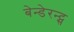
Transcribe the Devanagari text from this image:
बेन्डेरन्ट्स